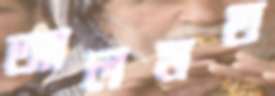
আলমত